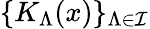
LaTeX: \{ K_{\Lambda}(x)\} _{{\Lambda}\in{\cal{I}}}